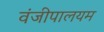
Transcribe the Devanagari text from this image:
वंजीपालयम